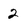
Character: 2